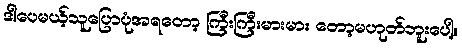
ဒါပေမယ့်သူပြောပုံအရတော့ ကြီးကြီးမားမား တော့မဟုတ်ဘူးပေါ့။